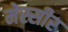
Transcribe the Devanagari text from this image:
मेस्सीर